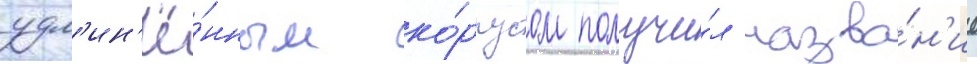
удл'ин'ё́нным ко́рпусом получи́л назва́н'ие